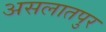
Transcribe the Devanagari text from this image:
असलातपुर